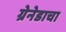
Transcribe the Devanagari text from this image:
ग्रेनेडाचा